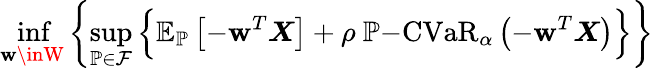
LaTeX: \operatorname*{inf}_{\boldsymbol{\mathbf{w}}\inW}\left\{ \operatorname*{sup}_{\mathbb{{P}}\in\mathcal{{F}}}\Big\{ \mathbb{{E}}_{\mathbb{{P}}}\left[-\boldsymbol{\mathbf{w}}^{T}\boldsymbol{X}\right]+\rho\ \mathbb{{P}}\mathrm{{-CVaR}}_{\alpha}\left(-\boldsymbol{\mathbf{w}}^{T}\boldsymbol{X}\right)\Big\} \right\}